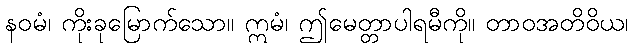
နဝမံ၊ ကိုးခုမြောက်သော။ ဣမံ၊ ဤမေတ္တာပါရမီကို။ တာဝအတိဝိယ၊